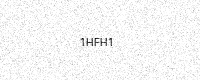
Text: 1HFH1